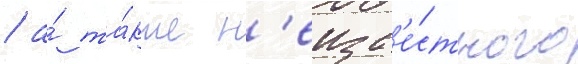
/ а́ та́кже н'еизв'е́стного